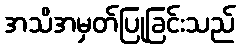
အသိအမှတ်ပြုခြင်းသည်